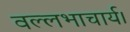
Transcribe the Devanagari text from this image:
वल्लभाचार्य।